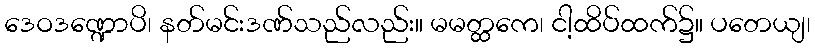
ဒေဝဒဏ္ဍောပိ၊ နတ်မင်းဒဏ်သည်လည်း။ မမတ္ထကေ၊ ငါ့ထိပ်ထက်၌။ ပတေယျ၊